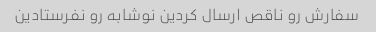
سفارش رو ناقص ارسال کردین نوشابه رو نفرستادین